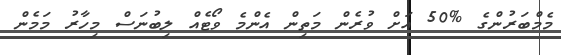
މެމްބަރުންގެ %50 އަށް ވުރެން މަތިން އެންމެ ވޯޓެއް ލިބުނަސް މިހާރު މަމެން